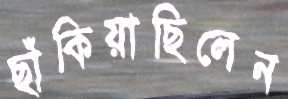
ছাঁকিয়াছিলেন